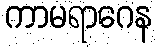
ကာမရာဂေန